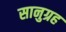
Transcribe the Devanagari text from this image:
सानुग्रह